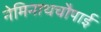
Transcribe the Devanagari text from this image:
नेमिनाथचौपाई